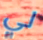
لي